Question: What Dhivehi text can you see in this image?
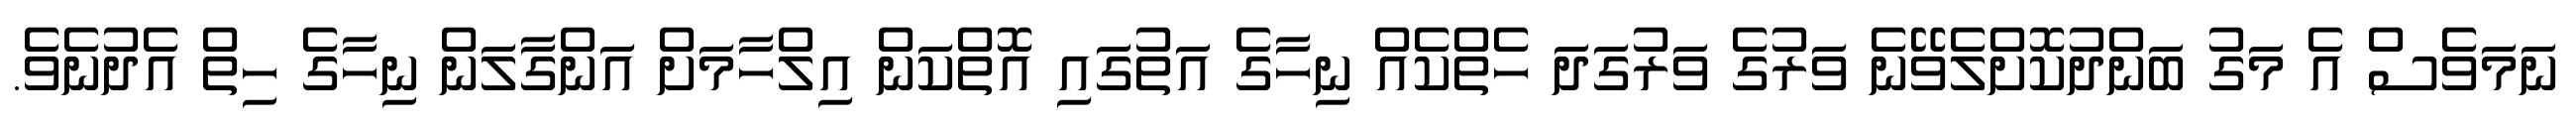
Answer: ނަމަވެސް އެ މަގު ބަންދުކޮށްލެވޭނެ ވަރުގެ ވަރުގަދަ ހެތްކެއް ނިހާގެ އަތުގައި އޮތްކަން އިލްހާމަށް އަންގާލަން ނިހާގެ ހިތް އެދުނެވެ.